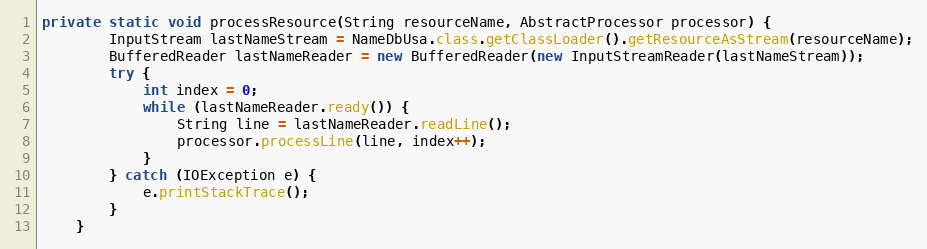
Language: Java
private static void processResource(String resourceName, AbstractProcessor processor) {
        InputStream lastNameStream = NameDbUsa.class.getClassLoader().getResourceAsStream(resourceName);
        BufferedReader lastNameReader = new BufferedReader(new InputStreamReader(lastNameStream));
        try {
            int index = 0;
            while (lastNameReader.ready()) {
                String line = lastNameReader.readLine();
                processor.processLine(line, index++);
            }
        } catch (IOException e) {
            e.printStackTrace();
        }
    }